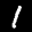
Label: 1